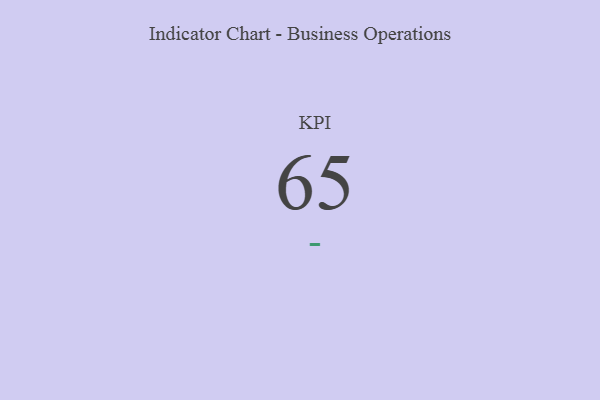
{"axis": {"x": "KPI", "y": "Value"}, "legend": [""], "data": [{"x": "KPI", "y": 65, "type": ""}]}